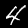
Label: 4